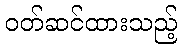
ဝတ်ဆင်ထားသည့်